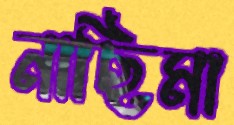
নাছিমা